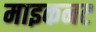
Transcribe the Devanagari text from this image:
माइकनट